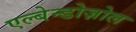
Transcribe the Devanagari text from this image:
एल्बेन्डोज़ोल